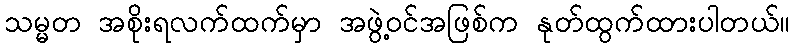
သမ္မတ အစိုးရလက်ထက်မှာ အဖွဲ့ဝင်အဖြစ်က နုတ်ထွက်ထားပါတယ်။